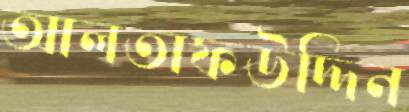
আলতাফউদ্দিন